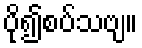
ပို၍စပ်သဗျ။